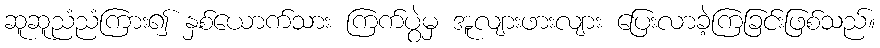
ဆူဆူညံညံကြား၍ နှစ်ယောက်သား ကြက်ပွဲမှ အူလျားဖားလျား ပြေးလာခဲ့ကြခြင်းဖြစ်သည်။